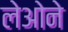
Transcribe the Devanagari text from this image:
लेओने